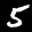
Label: 5